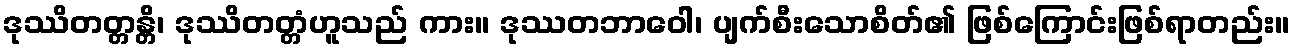
ဒုဿိတတ္တန္တိ၊ ဒုဿိတတ္တံဟူသည် ကား။ ဒုဿတဘာဝေါ၊ ပျက်စီးသောစိတ်၏ ဖြစ်ကြောင်းဖြစ်ရာတည်း။